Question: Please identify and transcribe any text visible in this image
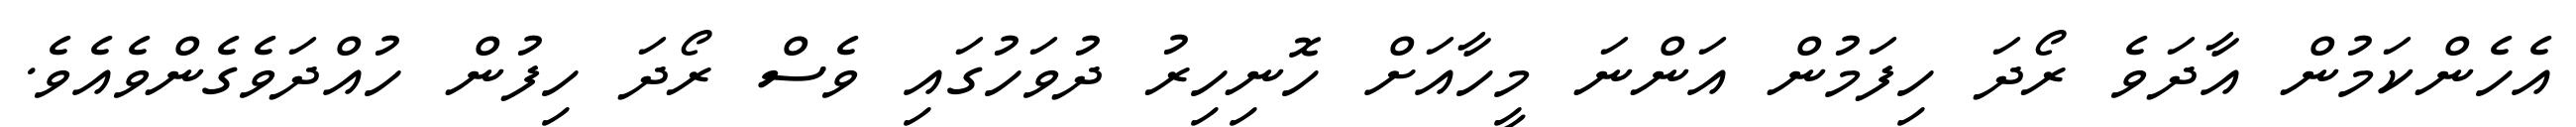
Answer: އެހެންކަމުން އާދަވެ ރޯދަ ހިފަމުން އަންނަ މީހާއަށް ހޮނިހިރު ދުވަހުގައި ވެސް ރޯދަ ހިފުން ހުއްދަވެގެންވެއެވެ.